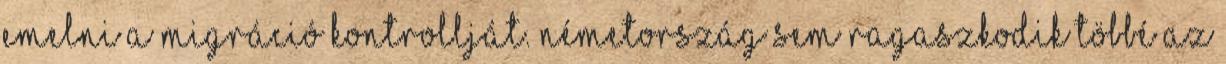
emelni a migráció kontrollját. Németország sem ragaszkodik többé az